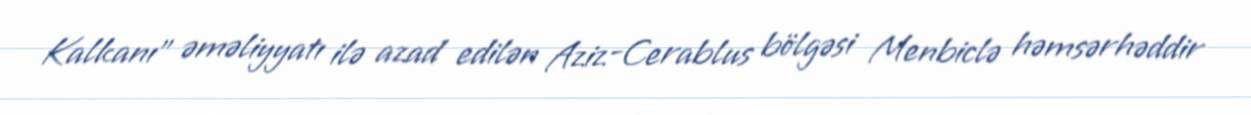
Kalkanı” əməliyyatı ilə azad edilən Aziz-Cerablus bölgəsi Menbiclə həmsərhəddir